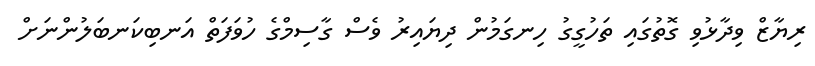
ރިޔާޒް ވިދާޅުވި ގޮތުގައި ތަހުގީގު ހިނގަމުން ދިޔައިރު ވެސް ގާސިމްގެ ހުވަފަތް އަނބިކަނބަލުންނަށް